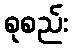
စုစည်း